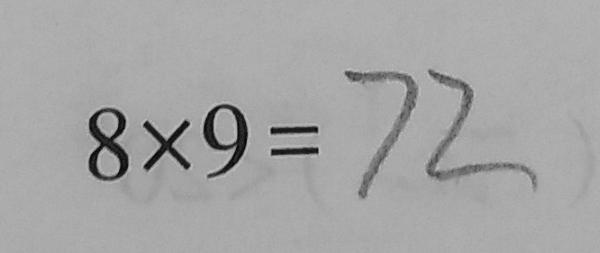
8 \times 9 = 7 2